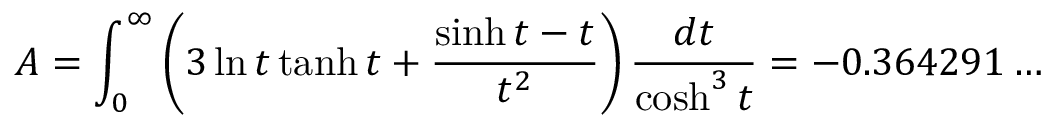
A = \int _ { 0 } ^ { \infty } \left( 3 \ln t \operatorname { t a n h } t + \frac { \sinh t - t } { t ^ { 2 } } \right) \frac { d t } { \cosh ^ { 3 } t } = - 0 . 3 6 4 2 9 1 \ldots